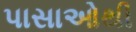
પાસાઓથી